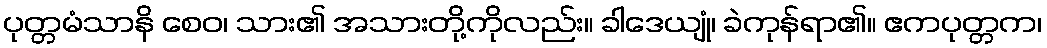
ပုတ္တမံသာနိ စေဝ၊ သား၏ အသားတို့ကိုလည်း။ ခါဒေယျုံ၊ ခဲကုန်ရာ၏။ ဧကပုတ္တက၊